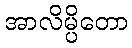
အာလိမ္ပိတော